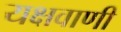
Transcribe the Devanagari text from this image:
यक्षवाणी